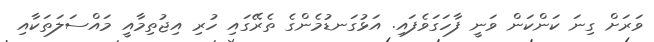
ވަރަށް ގިނަ ކަންކަން ވަނީ ފާހަގަވެފައި. އަޅުގަނޑުމެންގެ ތެރޭގައި ހުރި އިޖުތިމާއީ މައްސަލަތަކާއި